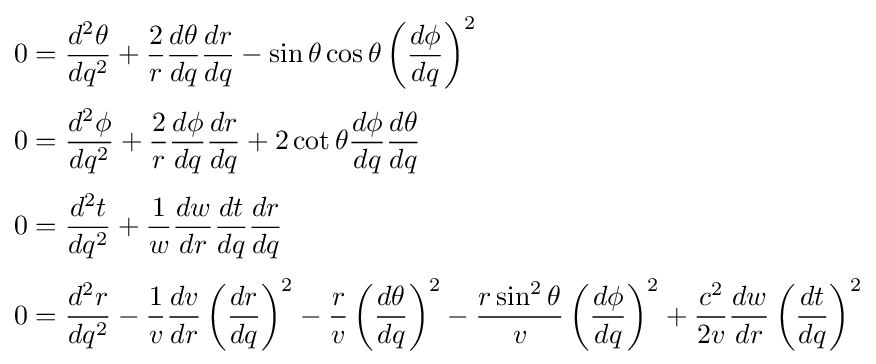
{\begin{aligned}0&={\frac {d^{2}\theta }{dq^{2}}}+{\frac {2}{r}}{\frac {d\theta }{dq}}{\frac {dr}{dq}}-\sin \theta \cos \theta \left({\frac {d\phi }{dq}}\right)^{2}\\[3pt]0&={\frac {d^{2}\phi }{dq^{2}}}+{\frac {2}{r}}{\frac {d\phi }{dq}}{\frac {dr}{dq}}+2\cot \theta {\frac {d\phi }{dq}}{\frac {d\theta }{dq}}\\[3pt]0&={\frac {d^{2}t}{dq^{2}}}+{\frac {1}{w}}{\frac {dw}{dr}}{\frac {dt}{dq}}{\frac {dr}{dq}}\\[3pt]0&={\frac {d^{2}r}{dq^{2}}}-{\frac {1}{v}}{\frac {dv}{dr}}\left({\frac {dr}{dq}}\right)^{2}-{\frac {r}{v}}\left({\frac {d\theta }{dq}}\right)^{2}-{\frac {r\sin ^{2}\theta }{v}}\left({\frac {d\phi }{dq}}\right)^{2}+{\frac {c^{2}}{2v}}{\frac {dw}{dr}}\left({\frac {dt}{dq}}\right)^{2}\end{aligned}}